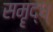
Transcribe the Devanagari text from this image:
समॄद्ध्